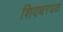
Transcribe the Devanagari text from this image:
शिवथरघळं